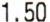
1.50